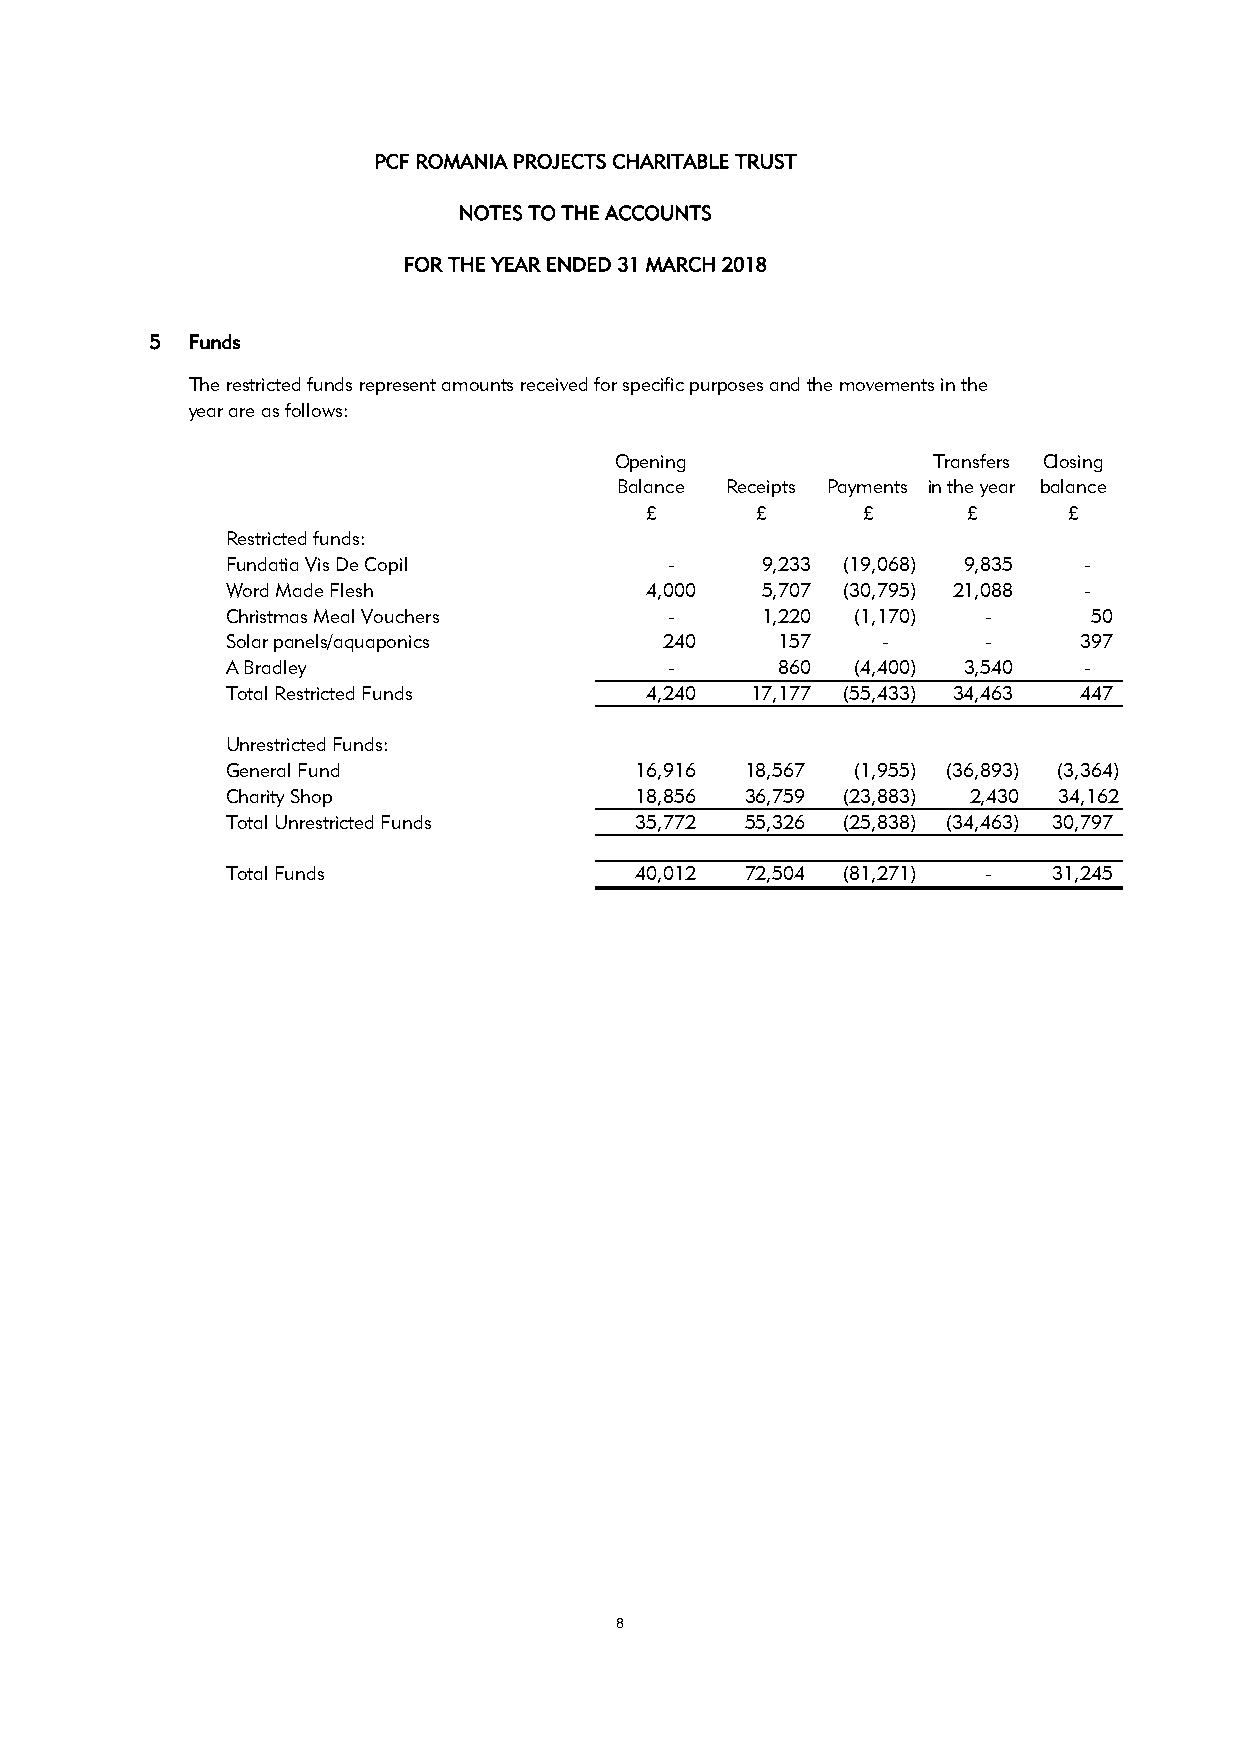
PCF ROMANIA PROJECTS CHARITABLE TRUST
 NOTES TO THE ACCOUNTS
 FOR THE YEAR ENDED 31 MARCH 2018
 5 Funds
 The restricted funds represent amounts received for specific purposes and the movements in the
 year are as follows:
 Opening              Transfers Closing
 Balance Receipts Payments in the year balance
 £       £      £      £     £
 Restricted funds:
 Fundatia Vis De Copil        -     9,233 (19,068) 9,835 -
 Word Made Flesh            4,000   5,707 (30,795) 21,088 -
 Christmas Meal Vouchers      -     1,220 (1,170)  -      50
 Solar panels/aquaponics      240    157    -      -     397
 A Bradley                    -      860  (4,400) 3,540  -
 Total Restricted Funds     4,240  17,177 (55,433) 34,463 447
 Unrestricted Funds:
 General Fund               16,916 18,567 (1,955) (36,893) (3,364)
 Charity Shop               18,856 36,759 (23,883) 2,430 34,162
 Total Unrestricted Funds   35,772 55,326 (25,838) (34,463) 30,797
 Total Funds                40,012 72,504 (81,271) -   31,245
 8